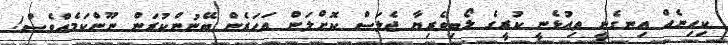
ކިހިނެއް އިނގެނީ ތިއުޅެނީ ކުރީގެ ލޯބިވެރިޔާ ޖެލަސް ކޮށްލަން އަހަރެން ބޭނުންކުރަން ނޫންކަމެއްވެސް!